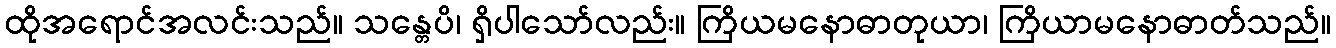
ထိုအရောင်အလင်းသည်။ သန္တေပိ၊ ရှိပါသော်လည်း။ ကြိယမနောဓာတုယာ၊ ကြိယာမနောဓာတ်သည်။